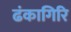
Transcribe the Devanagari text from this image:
ढंकागिरि